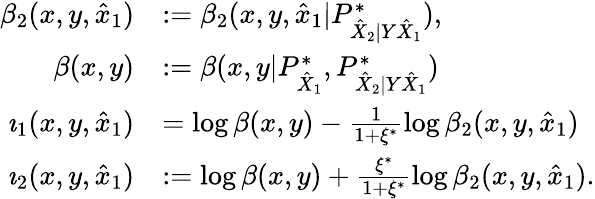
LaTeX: \begin{array}{rl}{\beta_{2}(x,y,\hat{x}_{1})}&{:=\beta_{2}(x,y,\hat{x}_{1}|P_{\hat{X}_{2}|Y\hat{X}_{1}}^{*}),}\\ {\beta(x,y)}&{:=\beta(x,y|P_{\hat{X}_{1}}^{*},P_{\hat{X}_{2}|Y\hat{X}_{1}}^{*})}\\ {\imath_{1}(x,y,\hat{x}_{1})}&{=\log\beta(x,y)-\frac{1}{1+\xi^{*}}\log\beta_{2}(x,y,\hat{x}_{1})}\\ {\imath_{2}(x,y,\hat{x}_{1})}&{:=\log\beta(x,y)+\frac{\xi^{*}}{1+\xi^{*}}\log\beta_{2}(x,y,\hat{x}_{1}).}\end{array}